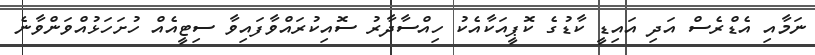
ނަމާއި އެޑްރެސް އަދި އައިޑީ ކާޑުގެ ކޮޕީއަކާއެކު ހިއްސާދާރު ސޮއިކުރައްވާފައިވާ ސިޓީއެއް ހުށަހަޅުއްވަންވާނެ